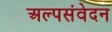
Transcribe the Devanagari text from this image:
अल्पसंवेदन